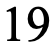
19